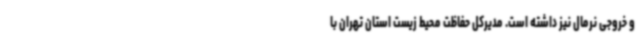
و خروجی نرمال نیز داشته است. مدیرکل حفاظت محیط زیست استان تهران با